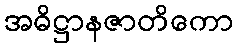
အဓိဋ္ဌာနဇာတိကော